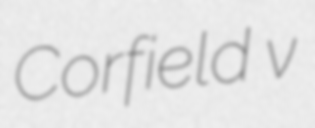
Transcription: Corfield v